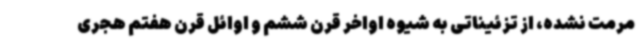
مرمت نشده، از تزئیناتی به شیوه اواخر قرن ششم و اوائل قرن هفتم هجری